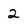
Character: 2